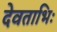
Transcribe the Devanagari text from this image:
देवताभिः